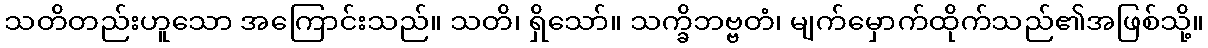
သတိတည်းဟူသော အကြောင်းသည်။ သတိ၊ ရှိသော်။ သက္ခိဘဗ္ဗတံ၊ မျက်မှောက်ထိုက်သည်၏အဖြစ်သို့။